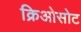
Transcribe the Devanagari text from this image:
क्रिओसोट